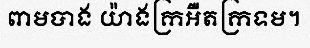
ពាមបាង យ៉ាងក្រអឺតក្រទម។